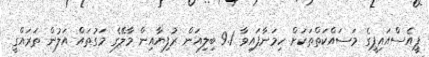
ޕީއެސްއައިޕީގެ މަަސައްކަތްތަކަށް ހިމަނާފައިވާ 9.1 ބިލިއަން ރުފިޔާއިން މާލޭގެ މަގުތައް އަލުން ތަރައްގީ